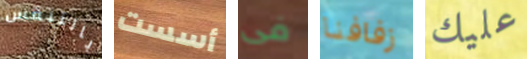
بالتنفس أسست فى زفافنا عليك